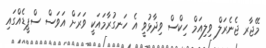
މޭޖާރ ޖެނެރަލް ވިލިއަމް ހިކްސް ވިދާޅުވީ އެ ހަނގުރާމައަކީ ވަރަށް އަވަސް ސްޕީޑެއްގައި